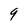
Character: 9